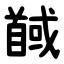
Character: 馘